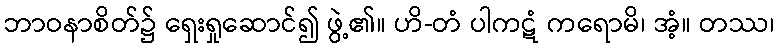
ဘာဝနာစိတ်၌ ရှေးရှုဆောင်၍ ဖွဲ့၏။ ဟိ-တံ ပါကဋံ ကရောမိ၊ အံ့။ တဿ၊